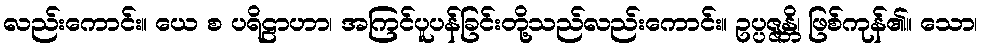
လည်းကောင်း။ ယေ စ ပရိဠာဟာ၊ အကြင်ပူပန်ခြင်းတို့သည်လည်းကောင်း။ ဥပ္ပဇ္ဇန္တိ၊ ဖြစ်ကုန်၏။ သော၊